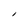
Character: I